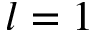
l = 1